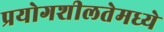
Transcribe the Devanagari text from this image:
प्रयोगशीलतेमध्ये